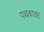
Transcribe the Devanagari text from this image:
पथकावर